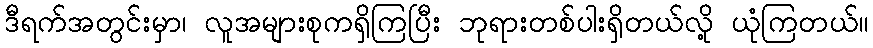
ဒီရက်အတွင်းမှာ၊ လူအများစုကရှိကြပြီး ဘုရားတစ်ပါးရှိတယ်လို့ ယုံကြတယ်။